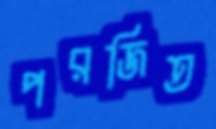
পরজিত